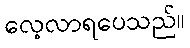
လေ့လာရပေသည်။